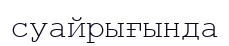
суайрығында